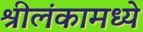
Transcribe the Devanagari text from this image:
श्रीलंकामध्ये